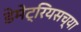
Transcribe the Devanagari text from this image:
डेमेट्रियसच्या